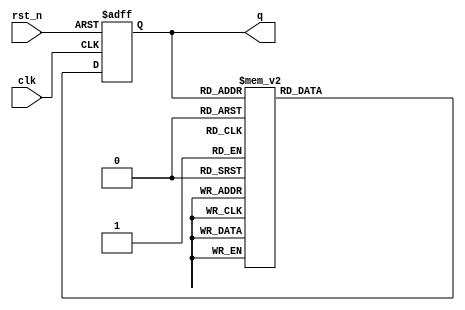
module dot_state (clk, rst_n, q);

  input clk, rst_n;
  output [2:0] q;
  reg [2:0] q;

  always @(posedge clk, negedge rst_n)
    if (!rst_n) q <= 3'b000;
    else case (q)
      3'b000 : q <= 3'b001;
      3'b001 : q <= 3'b010;
      3'b010 : q <= 3'b011;
      3'b011 : q <= 3'b100;
      3'b100 : q <= 3'b101;
      3'b101 : q <= 3'b110;
      3'b110 : q <= 3'b111;
      3'b111 : q <= 3'b000;
    endcase

endmodule